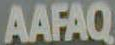
AAFAQ